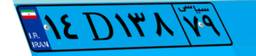
۱۴D۱۳۸۷۹